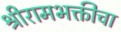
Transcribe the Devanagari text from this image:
श्रीरामभक्तीचा